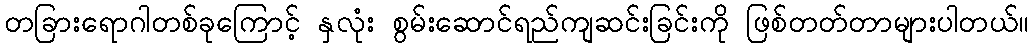
တခြားရောဂါတစ်ခုကြောင့် နှလုံး စွမ်းဆောင်ရည်ကျဆင်းခြင်းကို ဖြစ်တတ်တာများပါတယ်။